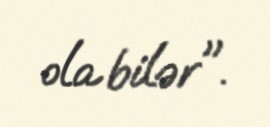
ola bilər".